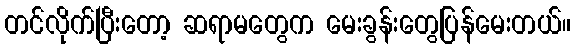
တင်လိုက်ပြီးတော့ ဆရာမတွေက မေးခွန်းတွေပြန်မေးတယ်။